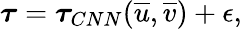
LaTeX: \boldsymbol{\tau}=\boldsymbol{\tau}_{CNN}(\overline{{u}},\overline{{v}})+\epsilon,